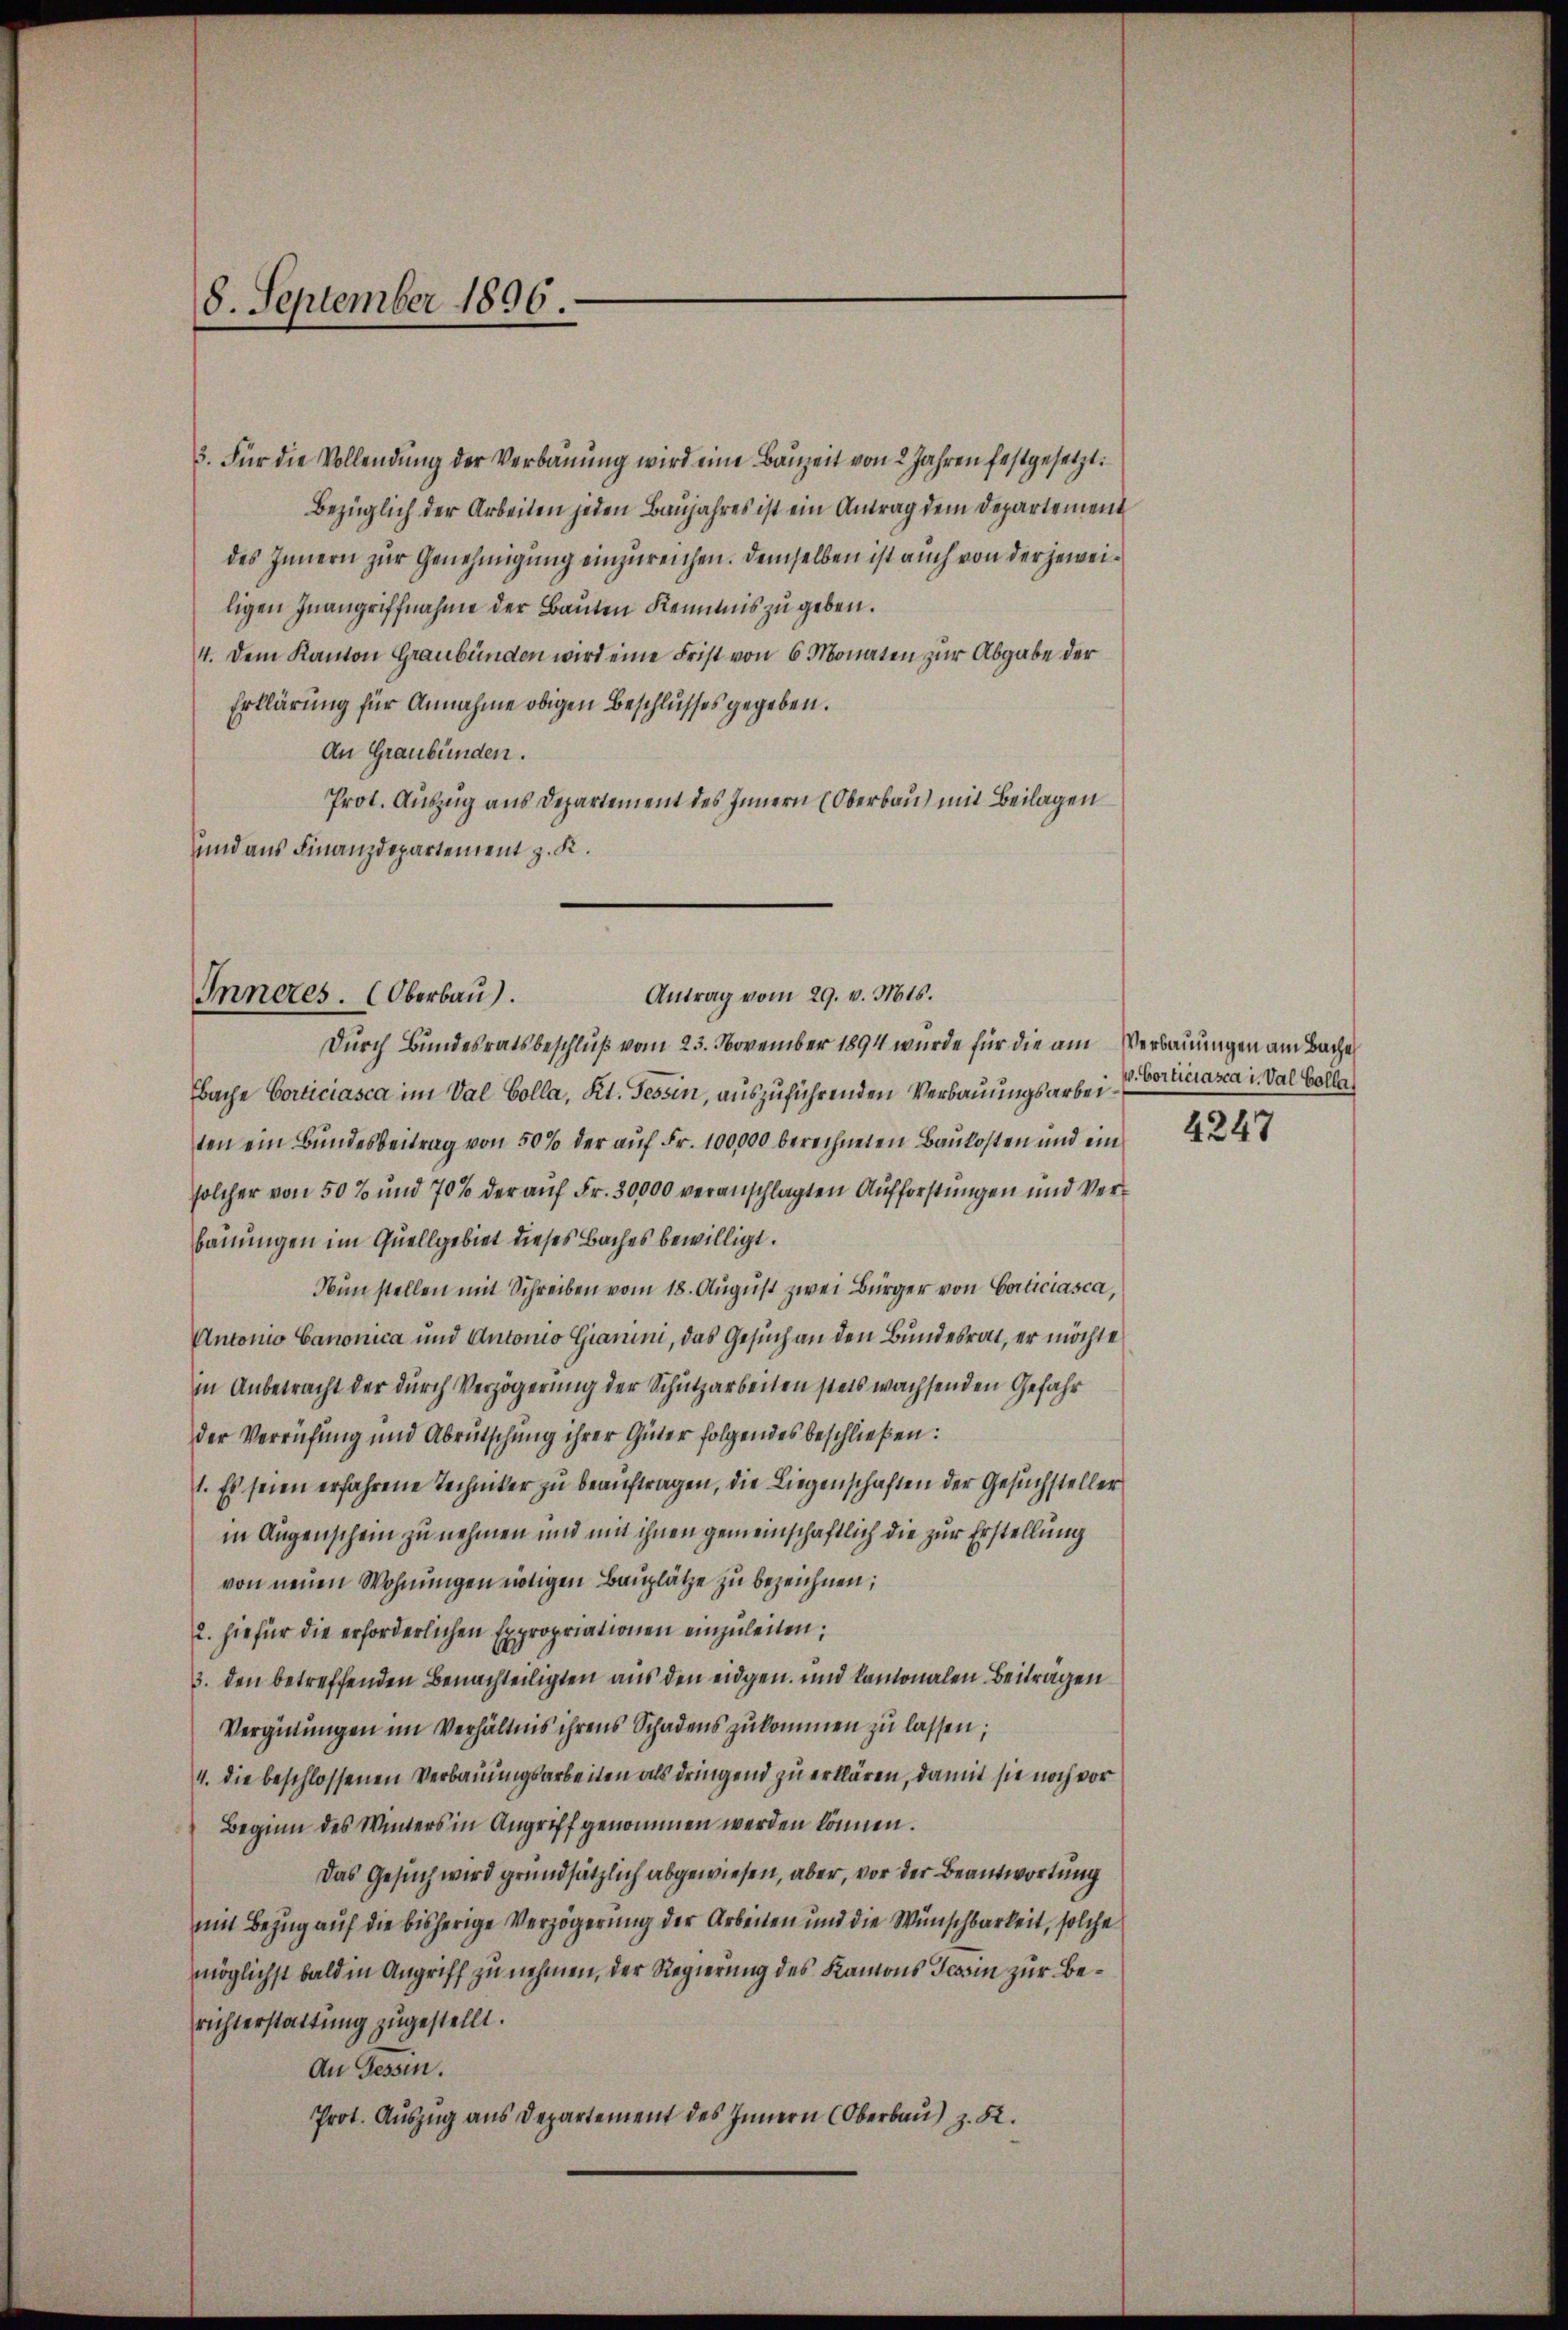
8. September 1896.

3. Für die Vollendŭng der Verbaŭŭng wird eine Bauzeit von 2 Jahren festgesetzt:
Bezüglich der Arbeiten jeden Baujahres ist ein Antrag dem Departement
des Innern zur Genehmigung einzureichen. Demselben ist auch von der jeweiligen Inangriffnahme der Bauten Kenntnis zu geben.
4. Dem Kanton Graubünden wird eine Frist von 6 Monaten zur Abgabe der
Erklärung für Annahme obigen Beschlusses gegeben.
An Graubünden.
Prot. Auszug aus Departement des Innern (Oberbau) mit Beilagen
und aus Finanzdepartement z. K.

Antrag vom 29. v. Mts.
Inneres. (Oberbau).
Durch Bundesratsbeschluß vom 23. November 1894 wurde für die am Verbauungen am Bache

Bache Corticiasca im Val Colla, Kt. Tessin, auszuführenden Verbauungsarbeiten ein Bundesbeitrag von 50 % der auf Fr. 100,000 berechneten Baukosten und einsolcher von 50% und 70 % der auf Fr. 30000 veranschlagten Aufforstungen und Verbauungen im Quellgebiet dieses Baches bewilligt.
Nun stellen mit Schreiben vom 18. August zwei Bürger von Codiciasca,
Antonio Canonica und Antonio Giarini, das Gesuch an den Bundesrat, er möchte
in Anbetracht der durch Verzögerung der Schutzarbeiten stets wachsenden Gefahr
der Verrufung und Abrutschung ihrer Güter folgendes beschließen:
1. Es seien erfahrene Techniker zu beauftragen, die Liegenschaften der Gesuchsteller
in Augenschein zu nehmen und mit ihnen gemeinschaftlich die zur Erstellung
von neuen Wohnungen nötigen Bauplätze zu bezeichnen;
2. hiefür die erforderlichen Expropriationen einzuleiten;
3. den betreffenden Benachteiligten aus den eidgen. und kantonalen Beiträgen
Vergütungen im Verhältnis ihrens Schadens zukommen zu lassen;
4. Die beschlossenen Verbauungsarbeiten als dringend zu erklären, damit sie noch vor
Beginn des Winters in Angriff genommen werden können.
Das Gesuch wird grundsätzlich abgewiesen, aber, vor der Beantwortung
mit Bezug auf die bisherige Verzögerung der Arbeiten und die Wünschbarkeit, solche
möglichst bald in Angriff zu nehmen, der Regierung des Kantons Tessin zur Berichterstattung zugestellt.
An Gessin.
Prot. Auszug aus Departement des Innern (Oberbau) z. B.

v. Corticiasca u. Val Colla

4247